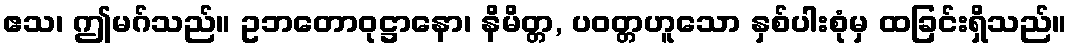
ဧသ၊ ဤမဂ်သည်။ ဥဘတောဝုဋ္ဌာနော၊ နိမိတ္တ, ပဝတ္တဟူသော နှစ်ပါးစုံမှ ထခြင်းရှိသည်။